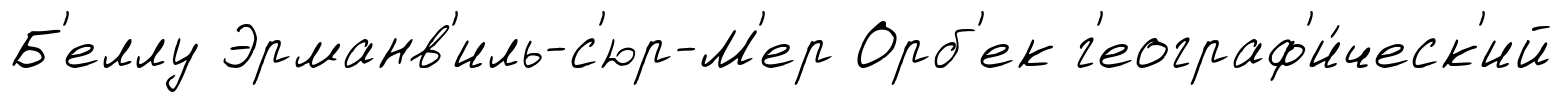
Б'еллу Эрманв'иль-с'юр-М'ер Орб'ек г'еограф'и́ческ'ий